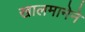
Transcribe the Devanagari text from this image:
खालमानेने